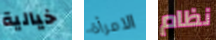
خيالية الامرأة نظام